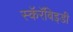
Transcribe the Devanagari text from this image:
स्कॅरॅबिइडी